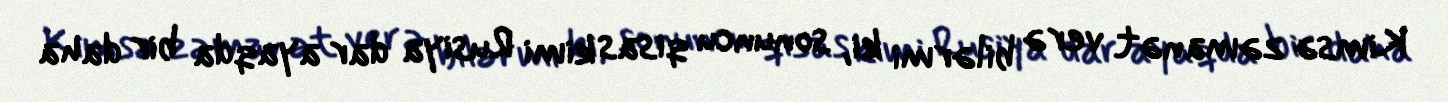
Kimsə zəmanət verə bilərmi ki, sonuncu qisas kimi Rusiya dar ayaqda bir daha